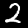
Label: 2